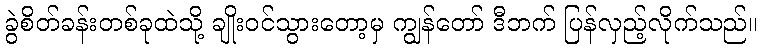
ခွဲစိတ်ခန်းတစ်ခုထဲသို့ ချိုးဝင်သွားတော့မှ ကျွန်တော် ဒီဘက် ပြန်လှည့်လိုက်သည်။